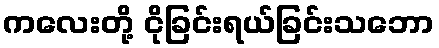
ကလေးတို့ ငိုခြင်းရယ်ခြင်းသဘော